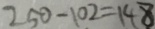
2 5 0 - 1 0 2 = 1 4 8